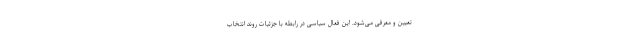
تعیین و معرفی می‌شود. این فعال سیاسی در رابطه با جزئیات روند انتخاب